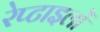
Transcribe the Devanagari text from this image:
रेप्टाइलों